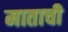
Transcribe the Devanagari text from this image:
माताची